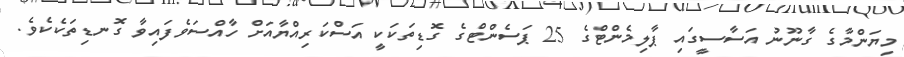
މިޔަންމާގެ ގާނޫނު އަސާސީގައި ޕާލިމެންޓްގެ 25 ޕަސެންޓްގެ ގޮޑިތަކަކީ އަސްކަރިއްޔާއަށް ހާއްސަވެފައިވާ ގޮނޑިތަކެކެވެ.